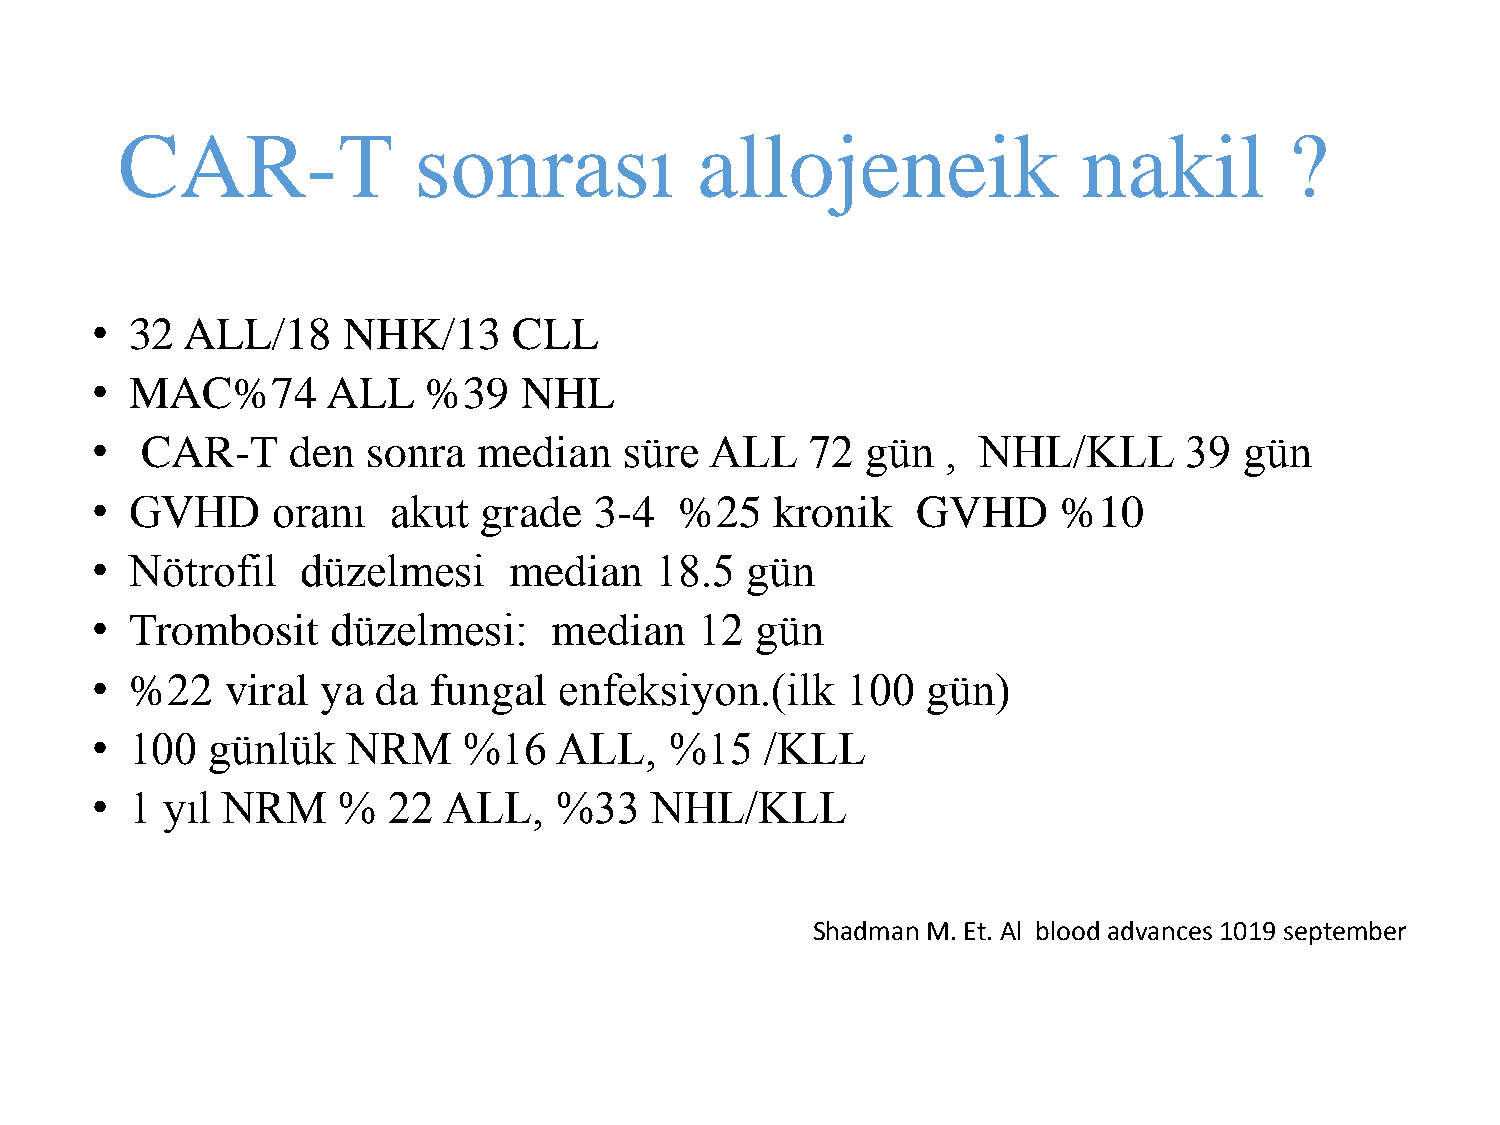
CAR-T              sonrası            allojeneik                nakil        ?
 •  32 ALL/18     NHK/13     CLL
 •  MAC%74       ALL   %39   NHL
 •  CAR-T     den  sonra   median   süre  ALL   72  gün   , NHL/KLL      39  gün
 •  GVHD     oranı   akut  grade  3-4   %25   kronik    GVHD     %10
 •  Nötrofil   düzelmesi     median   18.5  gün
 •  Trombosit    düzelmesi:     median   12  gün
 •  %22   viral ya  da fungal   enfeksiyon.(ilk    100  gün)
 •  100  günlük   NRM     %16   ALL,   %15    /KLL
 •  1 yıl NRM    %   22 ALL,    %33   NHL/KLL
 Shadman M. Et. Al bloodadvances 1019 september